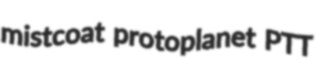
mistcoat protoplanet PTT